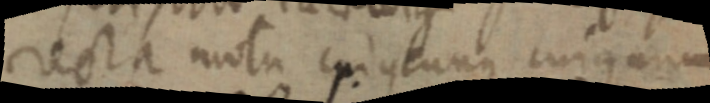
recta motu cuius lunque cuigunmm